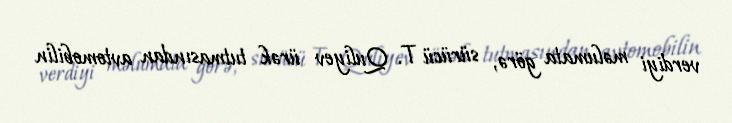
verdiyi məlumata görə, sürücü T. Quliyev ürək tutmasından avtomobilin